Vaccination in Bombay 1863-1868 - 1863-1868
Year: 1863
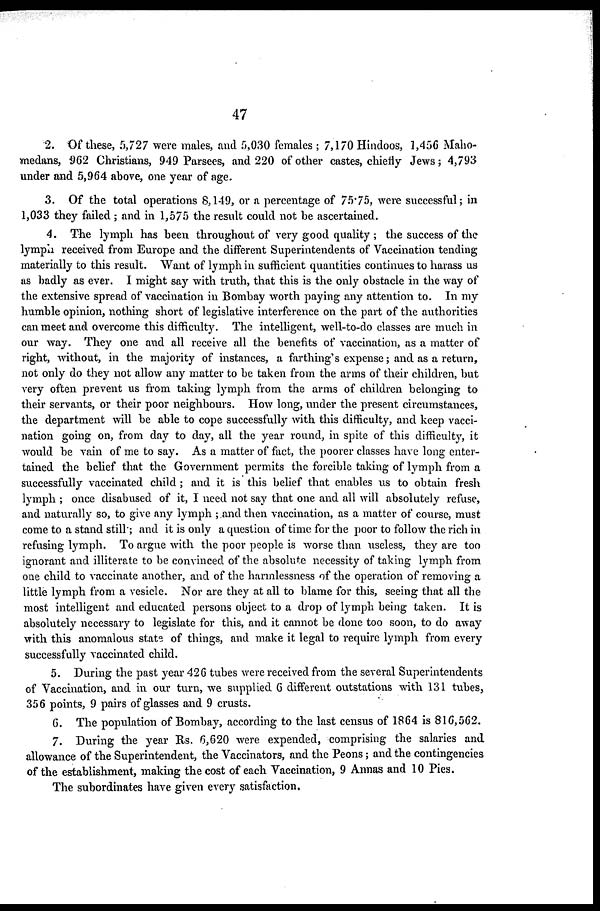
47
2. Of these, 5,727 were males, and 5,030 females ; 7,170 Hindoos, 1,456 Maho-
medans, 962 Christians, 949 Parsees, and 220 of other castes, chiefly Jews; 4,793
under and 5,964 above, one year of age.
3. Of the total operations 8,149, or a percentage of 75.75, were successful; in
1,033 they failed ; and in 1,575 the result could not be ascertained.
4. The lymph has been throughout of very good quality ; the success of the
lymph received from Europe and the different Superintendents of Vaccination tending
materially to this result. Want of lymph in sufficient quantities continues to harass us
as badly as ever. I might say with truth, that this is the only obstacle in the way of
the extensive spread of vaccination in Bombay worth paying any attention to. In my
humble opinion, nothing short of legislative interference on the part of the authorities
can meet and overcome this difficulty. The intelligent, well-to-do classes are much in
our way. They one and all receive all the benefits of vaccination, as a matter of
right, without, in the majority of instances, a farthing's expense; and as a return,
not only do they not allow any matter to be taken from the arms of their children, but
very often prevent us from taking lymph from the arms of children belonging to
their servants, or their poor neighbours. How long, under the present circumstances,
the department will be able to cope successfully with this difficulty, and keep vacci-
nation going on, from day to day, all the year round, in spite of this difficulty, it
would be vain of me to say. As a matter of fact, the poorer classes have long enter-
tained the belief that the Government permits the forcible taking of lymph from a
successfully vaccinated child ; and it is this belief that enables us to obtain fresh
lymph ; once disabused of it, I need not say that one and all will absolutely refuse,
and naturally so, to give any lymph ; and then vaccination, as a matter of course, must
come to a stand still; and it is only a question of time for the poor to follow the rich in
refusing lymph. To argue with the poor people is worse than useless, they are too
ignorant and illiterate to be convinced of the absolute necessity of taking lymph from
one child to vaccinate another, and of the harmlessness of the operation of removing a
little lymph from a vesicle. Nor are they at all to blame for this, seeing that all the
most intelligent and educated persons object to a drop of lymph being taken. It is
absolutely necessary to legislate for this, and it cannot be done too soon, to do away
with this anomalous state of things, and make it legal to require lymph from every
successfully vaccinated child.
5. During the past year 426 tubes were received from the several Superintendents
of Vaccination, and in our turn, we supplied 6 different outstations with 131 tubes,
356 points, 9 pairs of glasses and 9 crusts.
6. The population of Bombay, according to the last census of 1864 is 816,562.
7. During the year Rs. 6,620 were expended, comprising the salaries and
allowance of the Superintendent, the Vaccinators, and the Peons; and the contingencies
of the establishment, making the cost of each Vaccination, 9 Annas and 10 Pies.
The subordinates have given every satisfaction.